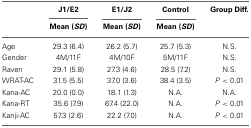
<table><thead><tr><td></td><td><b>J1/E2</b></td><td><b>E1/J2</b></td><td><b>Control</b></td><td><b>Group Diff.</b></td></tr><tr><td></td><td><b>Mean (<i>SD</i>)</b></td><td><b>Mean (<i>SD</i>)</b></td><td><b>Mean (<i>SD</i>)</b></td><td></td></tr></thead><tbody><tr><td>Age</td><td>29.3 (6.4)</td><td>26.2 (5.7)</td><td>25.7 (5.3)</td><td>N.S.</td></tr><tr><td>Gender</td><td>4M/11F</td><td>4M/10F</td><td>5M/11F</td><td>N.S.</td></tr><tr><td>Raven</td><td>29.1 (5.8)</td><td>27.3 (4.6)</td><td>28.5 (7.2)</td><td>N.S.</td></tr><tr><td>WRAT-AC</td><td>31.5 (5.5)</td><td>37.0 (3.6)</td><td>38.4 (3.5)</td><td><i>P</i> &lt; 0.01</td></tr><tr><td>Kana-AC</td><td>20.0 (0.0)</td><td>18.1 (1.3)</td><td>N.A.</td><td>N.A.</td></tr><tr><td>Kana-RT</td><td>35.6 (7.9)</td><td>67.4 (22.0)</td><td>N.A.</td><td><i>P</i> &lt; 0.01</td></tr><tr><td>Kanji-AC</td><td>57.3 (2.6)</td><td>22.2 (7.0)</td><td>N.A.</td><td><i>P</i> &lt; 0.01</td></tr></tbody></table>